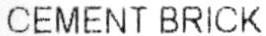
CEMENT BRICK